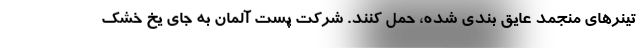
تینرهای منجمد عایق بندی شده، حمل کنند. شرکت پست آلمان به جای یخ خشک